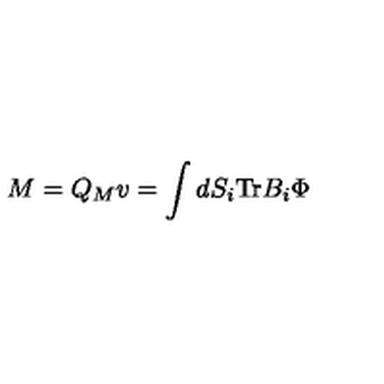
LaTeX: M = Q _ { M } v = \int d S _ { i } \mathrm { T r } B _ { i } \Phi